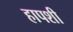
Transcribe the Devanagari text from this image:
हापशी